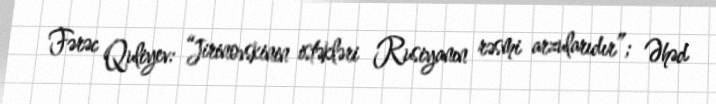
Fərəc Quliyev: “Jirinovskinin istəkləri Rusiyanın rəsmi arzularıdır”; Əhəd